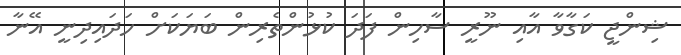
ޝިންޖީ ކަގާވާ އާއި ނޫރީ ސާހިން ފަދަ ކުޅުންތެރިން ބަޔަކަށް ހަދައިދިނީ އޭނާ